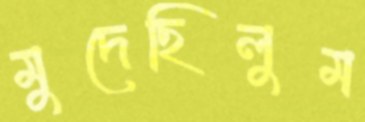
মুদেছিলুম